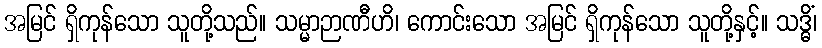
အမြင် ရှိကုန်သော သူတို့သည်။ သမ္မာဉာဏီဟိ၊ ကောင်းသော အမြင် ရှိကုန်သော သူတို့နှင့်။ သဒ္ဓိံ၊